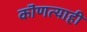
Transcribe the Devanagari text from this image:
कॊणत्याही